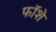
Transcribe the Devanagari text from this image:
फॉशे